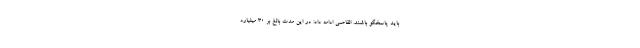
باید پاسخگو باشند. القاصی ادامه داد: در این مدت بالغ بر ۳۰ میلیارد